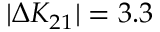
| \Delta K _ { 2 1 } | = 3 . 3